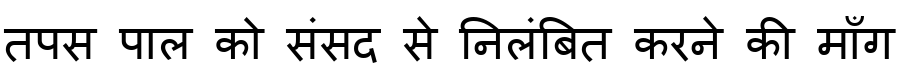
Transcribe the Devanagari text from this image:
तपस पाल को संसद से निलंबित करने की माँग